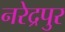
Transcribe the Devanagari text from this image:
नरेद्रपुर